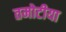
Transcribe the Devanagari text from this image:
तमोटीया